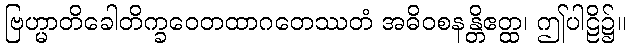
ဗြဟ္မာတိခေါတိက္ခဝေတထာဂတေဿတံ အဓိဝစနန္တိဧတ္ထ၊ ဤပါဠိ၌။